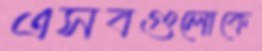
এসবগুলোকে